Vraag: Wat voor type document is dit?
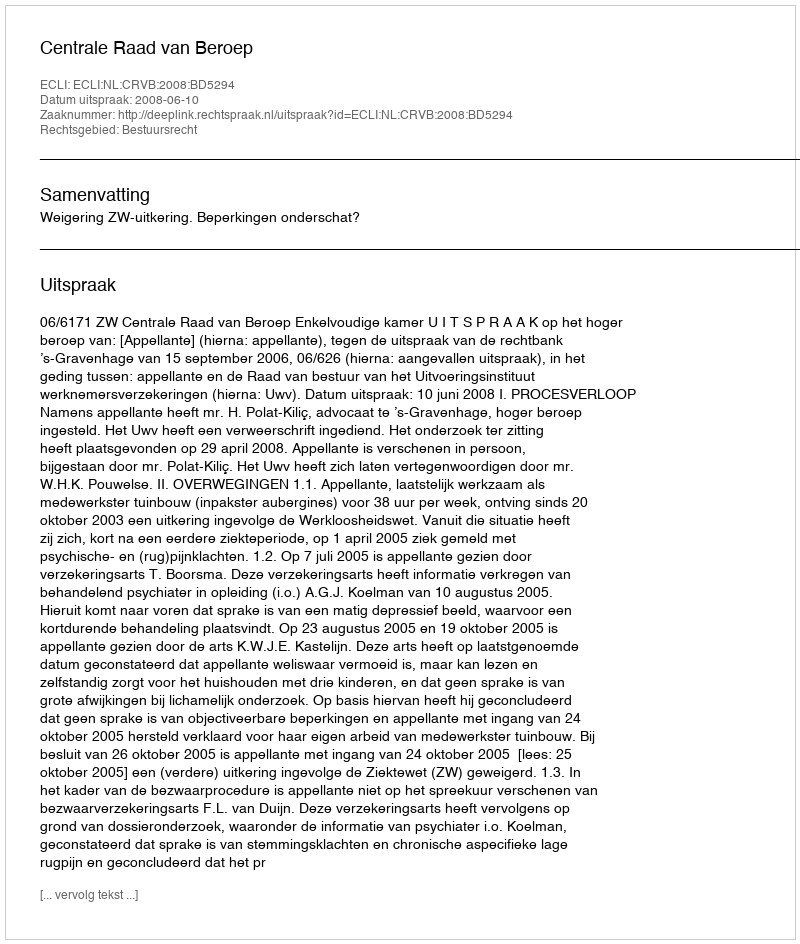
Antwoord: Uitspraak